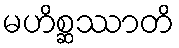
မဟိစ္ဆဿာတိ